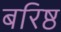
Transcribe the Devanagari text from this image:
बरिष्ठ